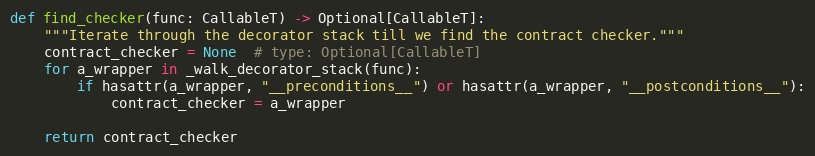
Language: Python
def find_checker(func: CallableT) -> Optional[CallableT]:
    """Iterate through the decorator stack till we find the contract checker."""
    contract_checker = None  # type: Optional[CallableT]
    for a_wrapper in _walk_decorator_stack(func):
        if hasattr(a_wrapper, "__preconditions__") or hasattr(a_wrapper, "__postconditions__"):
            contract_checker = a_wrapper

    return contract_checker